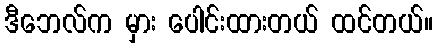
ဒီဘေလ်က မှား ပေါင်းထားတယ် ထင်တယ်။